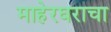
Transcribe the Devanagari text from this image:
माहेरघराचा